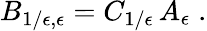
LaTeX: B_{1/\epsilon,\epsilon}=C_{1/\epsilon}\, A_{\epsilon}\; .